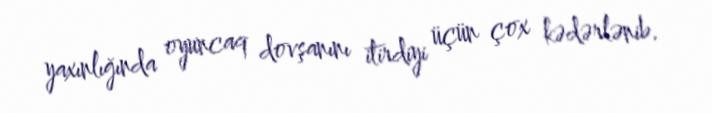
yaxınlığında oyuncaq dovşanını itirdiyi üçün çox kədərlənib.